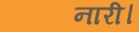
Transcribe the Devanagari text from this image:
नारी।